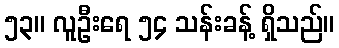
၅၃။ လူဦးရေ ၅၄ သန်းခန့် ရှိသည်။